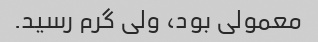
معمولی بود، ولی گرم رسید.